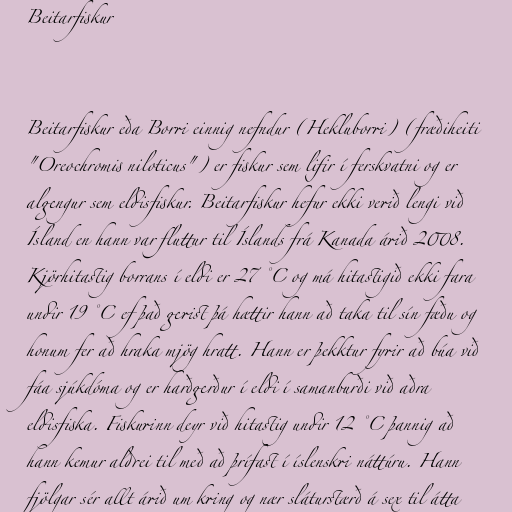
Beitarfiskur

Beitarfiskur eða Borri einnig nefndur (Hekluborri) (fræðiheiti
"Oreochromis niloticus") er fiskur sem lifir í ferskvatni og er
algengur sem eldisfiskur. Beitarfiskur hefur ekki verið lengi við
Ísland en hann var fluttur til Íslands frá Kanada árið 2008.
Kjörhitastig borrans í eldi er 27 °C og má hitastigið ekki fara
undir 19 °C ef það gerist þá hættir hann að taka til sín fæðu og
honum fer að hraka mjög hratt. Hann er þekktur fyrir að búa við
fáa sjúkdóma og er harðgerður í eldi í samanburði við aðra
eldisfiska. Fiskurinn deyr við hitastig undir 12 °C þannig að
hann kemur aldrei til með að þrífast í íslenskri náttúru. Hann
fjölgar sér allt árið um kring og nær sláturstærð á sex til átta